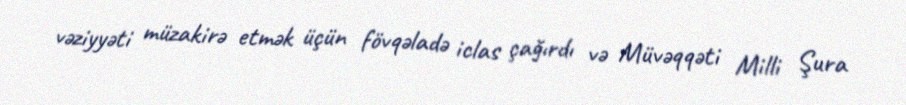
vəziyyəti müzakirə etmək üçün fövqəladə iclas çağırdı və Müvəqqəti Milli Şura